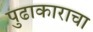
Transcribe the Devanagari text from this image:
पुढाकाराचा